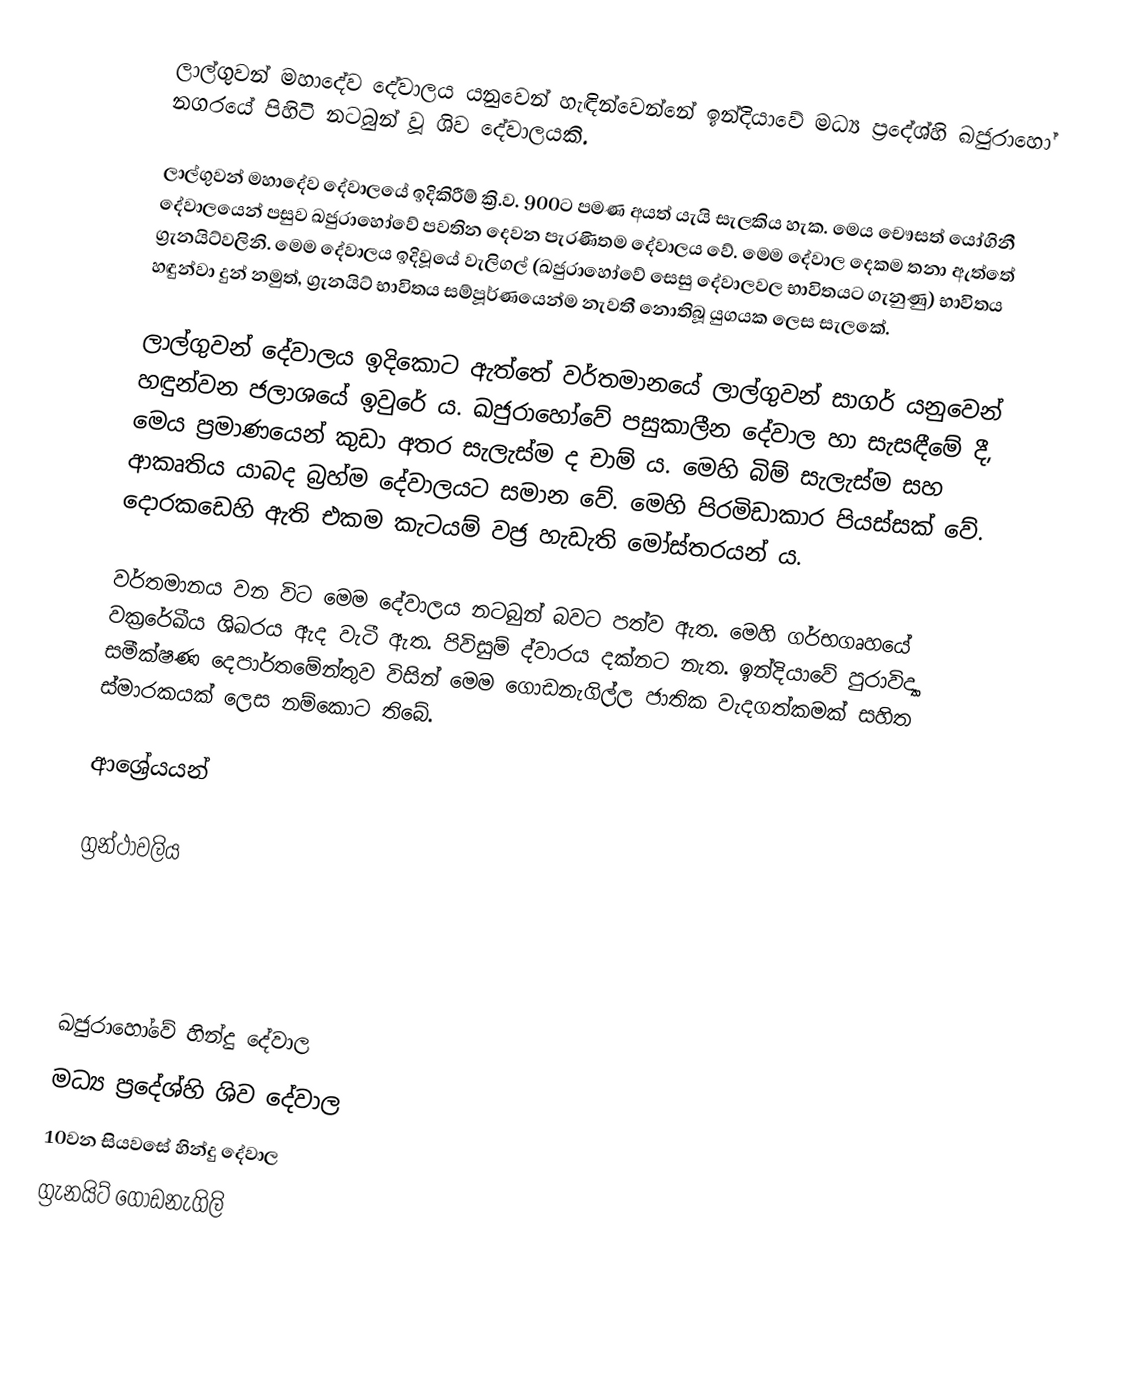
ලාල්ගුවන් මහාදේව දේවාලය යනුවෙන් හැඳින්වෙන්නේ ඉන්දියාවේ මධ්‍ය ප්‍රදේශ්හි ඛජුරාහෝ නගරයේ පිහිටි නටබුන් වූ ශිව දේවාලයකි.

ලාල්ගුවන් මහාදේව දේවාලයේ ඉදිකිරීම් ක්‍රි.ව. 900‍ට පමණ අයත් යැයි සැලකිය හැක. මෙය චෞසත් යෝගිනී දේවාලයෙන් පසුව ඛජුරාහෝවේ පවතින දෙවන පැරණිතම දේවාලය ‍වේ. මෙම දේවාල දෙකම තනා ඇත්තේ ග්‍රැනයිට්වලිනි. මෙම දේවාලය ඉදිවූයේ වැලිගල් (ඛජුරාහෝවේ සෙසු දේවාලවල භාවිතයට ගැනුණු) භාවිතය හඳුන්වා දුන් නමුත්, ග්‍රැනයිට් භාවිතය සම්පූර්ණයෙන්ම නැවතී නොතිබූ යුගයක ලෙස සැලකේ.

ලාල්ගුවන් දේවාලය ඉදිකොට ඇත්තේ වර්තමානයේ ලාල්ගුවන් සාගර් යනුවෙන් හඳුන්වන ජලාශයේ ඉවුරේ ය. ඛජුරාහෝවේ ‍පසුකාලීන දේවාල හා සැසඳීමේ දී, මෙය ප්‍රමාණයෙන් කුඩා අතර සැලැස්ම ද චාම් ය. මෙහි බිම් සැලැස්ම සහ ආකෘතිය යාබද බ්‍රහ්ම දේවාලයට සමාන වේ. මෙහි පිරමිඩාකාර පියස්සක් වේ. දොරකඩෙහි ඇති එකම ‍කැටයම් වජ්‍ර හැඩැති මෝස්තරයන් ය.

වර්තමානය වන විට මෙම දේවාලය නටබුන් බවට පත්ව ඇත. මෙහි ගර්භගෘහයේ වක්‍රරේඛීය ශිඛරය ඇද වැටී ඇත. පිවිසුම් ද්වාරය දක්නට නැත. ඉන්දියාවේ පුරාවිද්‍යා සමීක්ෂණ දෙපාර්තමේන්තුව විසින් මෙම ගොඩනැගිල්ල ජාතික වැදගත්කමක් සහිත ස්මාරකයක් ලෙස නම්කොට තිබේ.

ආශ්‍රේයයන්

ග්‍රන්ථාවලිය

ඛජුරාහෝවේ හින්දු දේවාල
මධ්‍ය ප්‍රදේශ්හි ශිව දේවාල
10වන සියවසේ හින්දු දේවාල
ග්‍රැනයිට් ගොඩනැගිලි